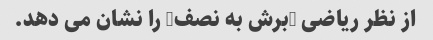
از نظر ریاضی "برش به نصف" را نشان می دهد.